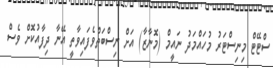
ސްޓޭޓް މިނިސްޓަރު މުހައްމަދު ނައީމް (މޮނާޒާ) އަށް ނިސްބަތްވެފައިވާތީ އޭނާ ދިފާއުކޮށް ވެސް